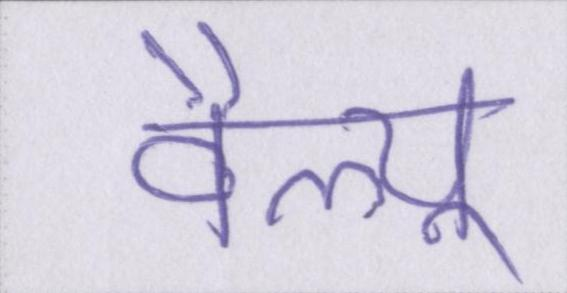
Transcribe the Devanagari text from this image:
वैल्यू